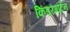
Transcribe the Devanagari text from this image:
किंडरगार्टेन